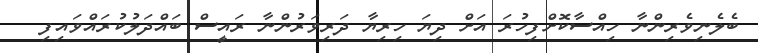
ބެލެނިވެރިންނާ ހިއްސާކޮށްފިހުރަ އަށް ދިޔަ ހިރިޔާ ދަރިވަރުންނާ ރައީސް ބައްދަލުކުރައްވައިފި